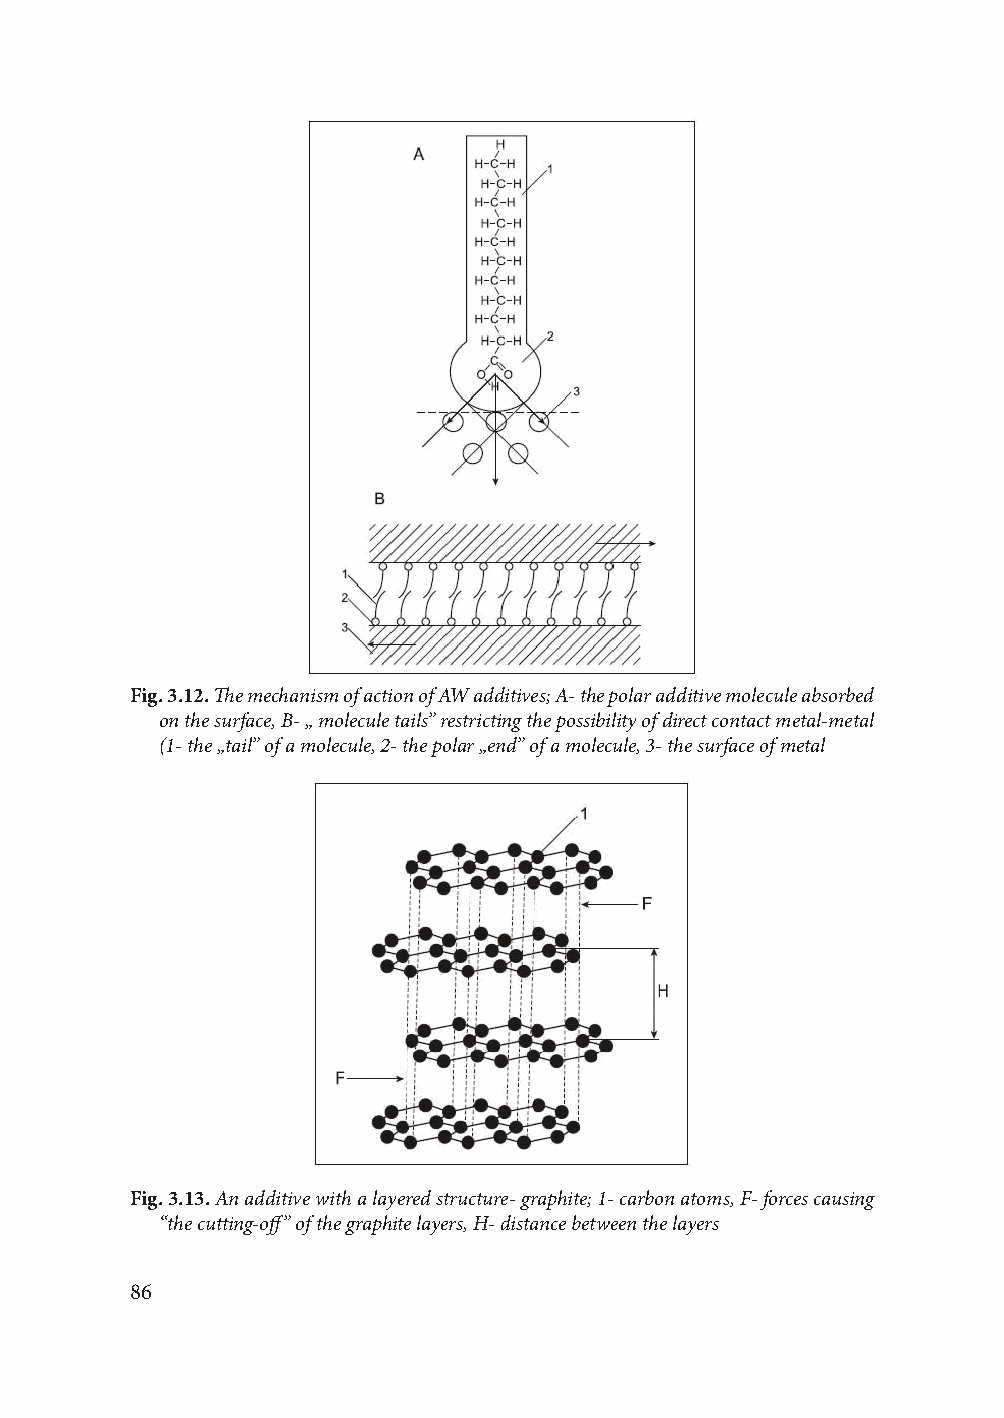
Fig. 3.12. The mechanism of action of AW additives; A- the polar additive molecule absorbed
 on the surface, B- „ molecule tails” restricting the possibility of direct contact metal-metal
 (1- the „tail” of a molecule, 2- the polar „end” of a molecule, 3- the surface of metal
 Fig. 3.13. An additive with a layered structure- graphite; 1- carbon atoms, F- forces causing
 “the cutting-off” of the graphite layers, H- distance between the layers
 86